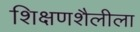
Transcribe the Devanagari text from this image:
शिक्षणशैलीला